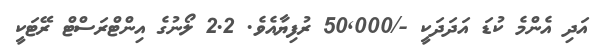
އަދި އެންމެ ކުޑަ އަދަދަކީ -/50